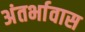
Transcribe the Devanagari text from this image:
अंतर्भावास